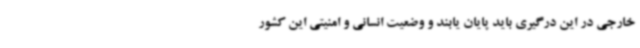
خارجی در این درگیری باید پایان یابند و وضعیت انسانی و امنیتی این کشور